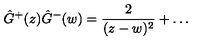
\hat { G } ^ { + } ( z ) \hat { G } ^ { - } ( w ) = \frac 2 { ( z - w ) ^ { 2 } } + \ldots